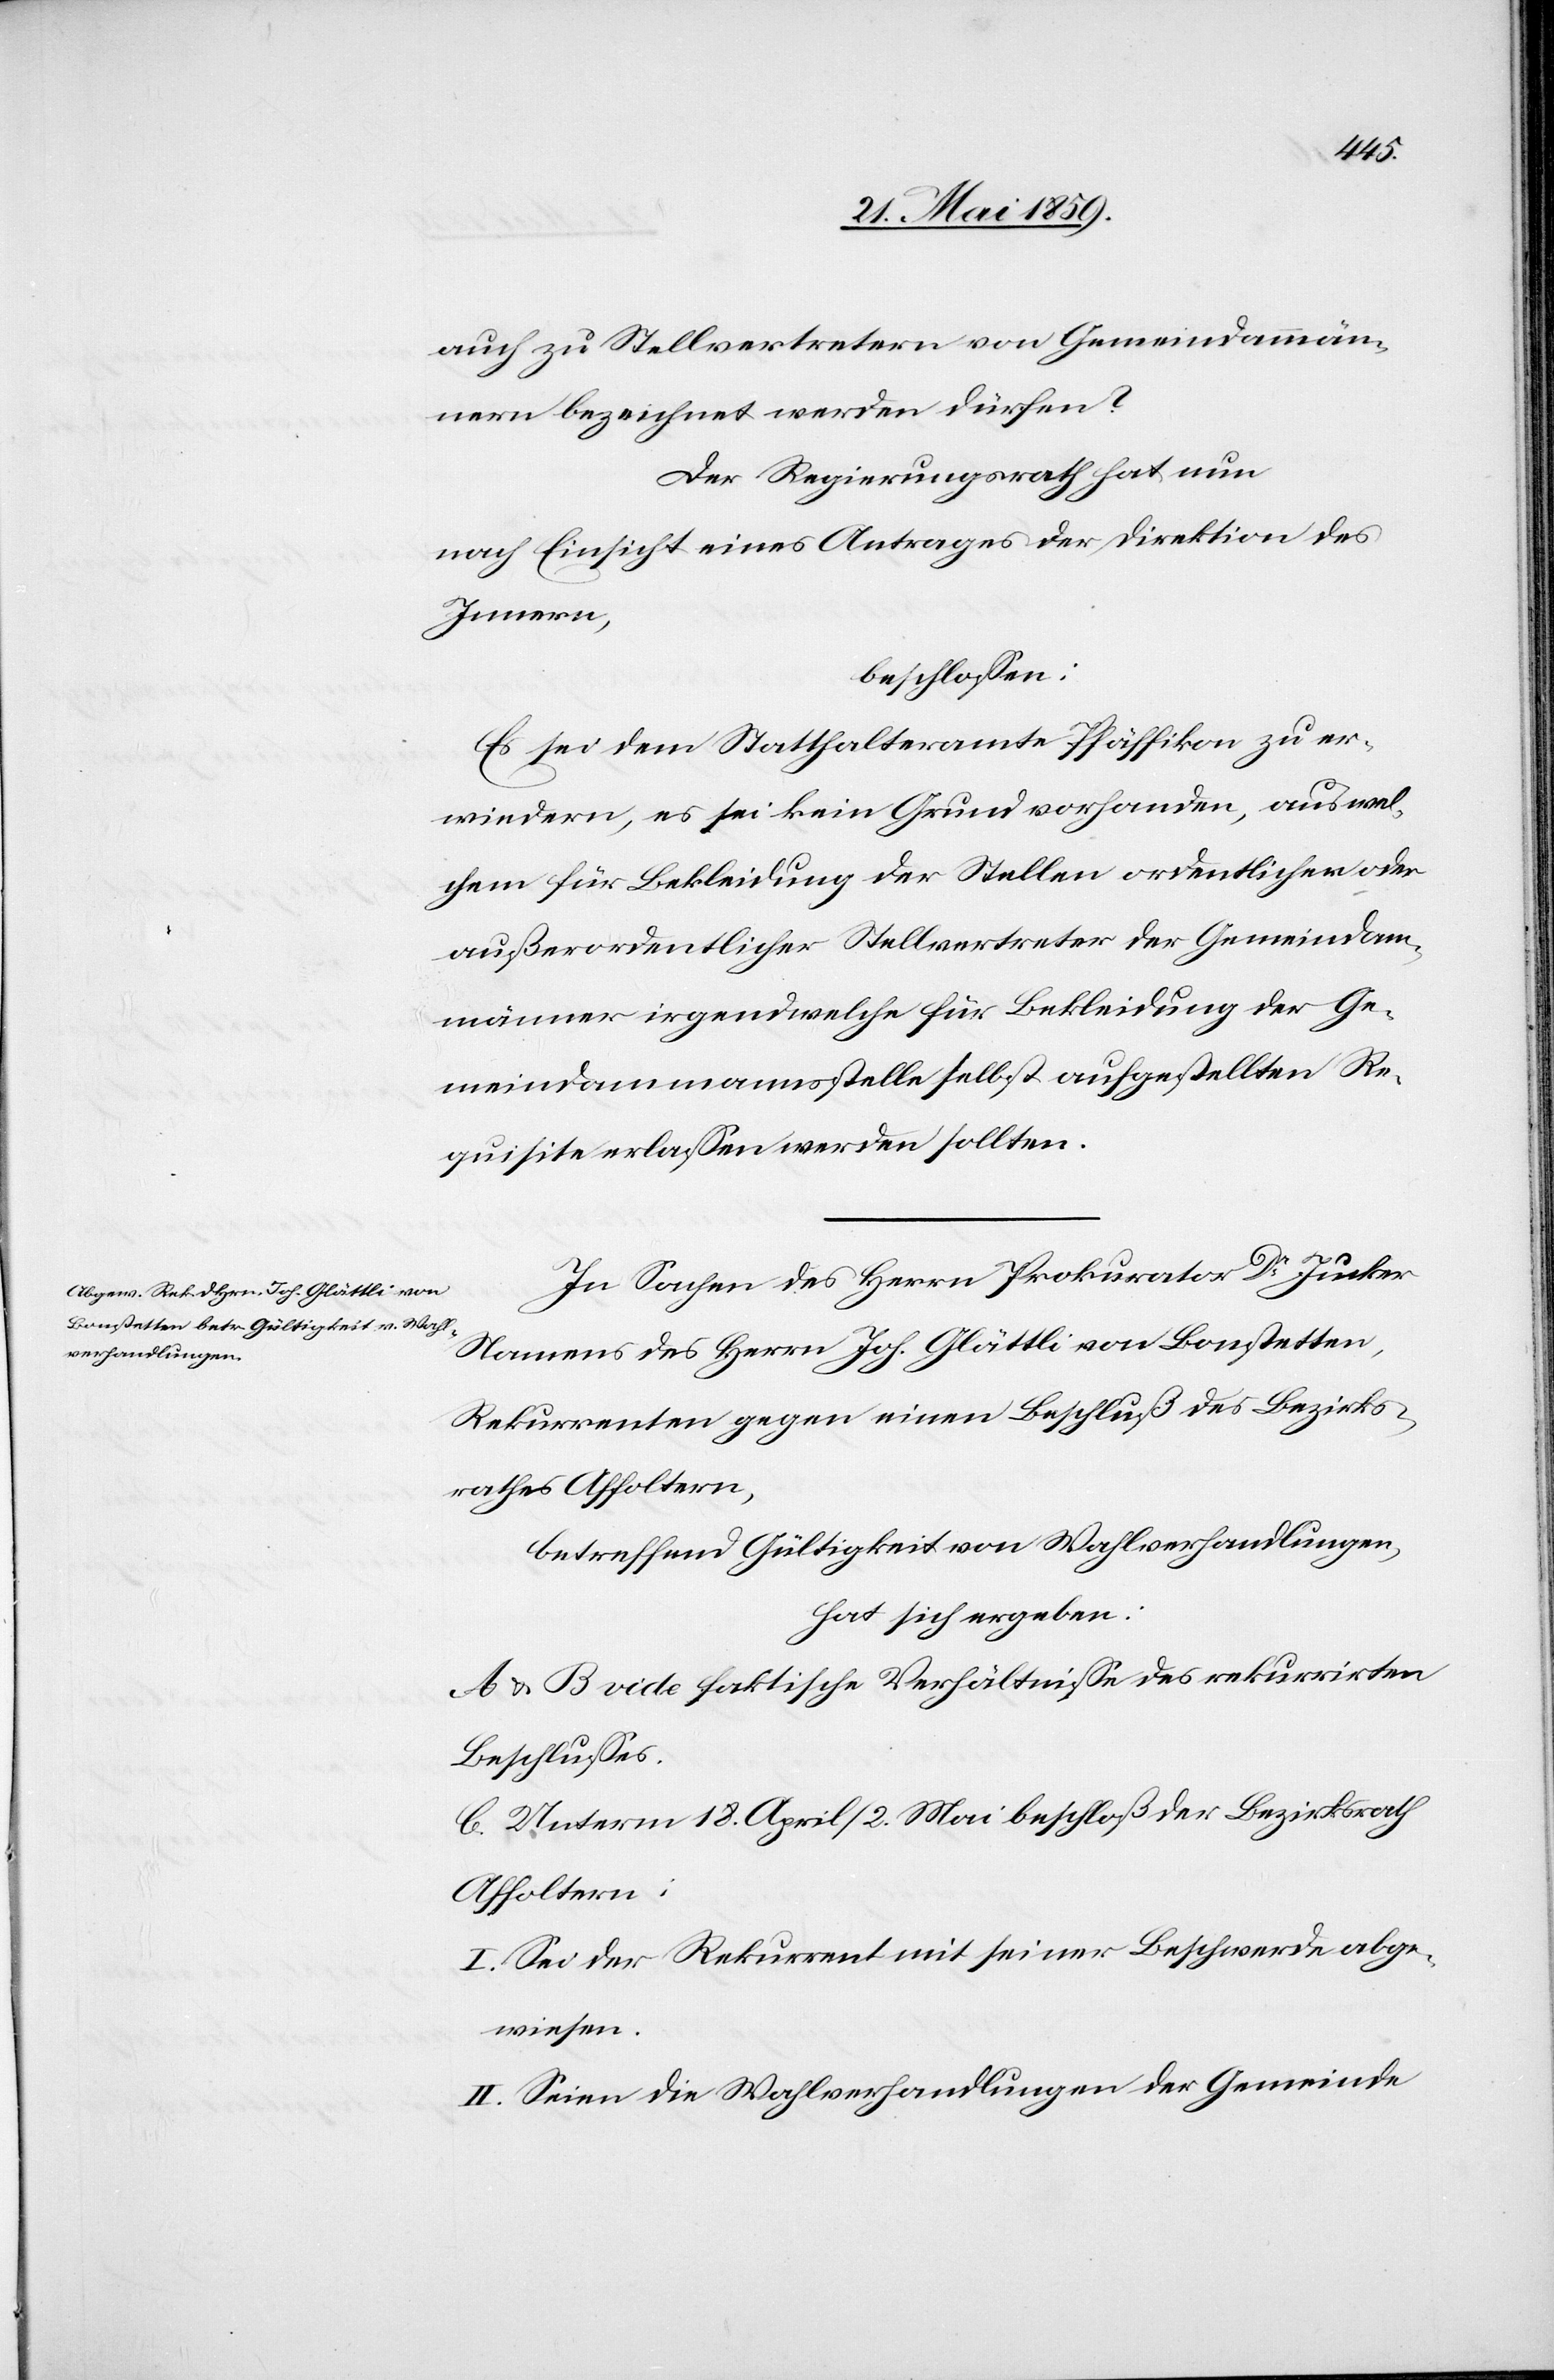
auch zu Stellvertretern von Gemeindammän¬
nern bezeichnet werden dürfen?
Der Regierungsrath hat nun
nach Einsicht eines Antrages der Direktion des
Innern,
beschlossen:
Es sei dem Statthalteramte Pfäffikon zu er¬
wiedern, es sei kein Grund vorhanden, aus wel¬
chem für Bekleidung der Stellen ordentlichen oder
außerordentlicher Stellvertreter der Gemeindam¬
männer irgendwelche für Bekleidung der Ge¬
meindammannsstelle selbst aufgestellten Re¬
quisite erlassen werden sollten.
In Sachen des Herrn Prokurator Dr Jucker
Namens des Herrn Joh. Glättli von Bonstetten,
Rekurrenten gegen einen Beschluß des Bezirks¬
rathes Affoltern,
betreffend Gültigkeit von Wahlverhandlungen,h¬
at sich ergeben:
A u. B vide faktische Verhältnisse des rekurrirten
Beschlusses.
C. Unterm 18. April / 2. Mai beschloß der Bezirksrath
Affoltern:
I. Sei der Rekurrent mit seiner Beschwerde abge¬
wiesen.
II. Seien die Wahlverhandlungen der Gemeinde